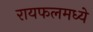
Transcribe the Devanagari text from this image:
रायफलमध्ये